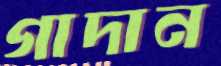
গাদান